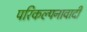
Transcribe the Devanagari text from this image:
परिकल्पनावादी